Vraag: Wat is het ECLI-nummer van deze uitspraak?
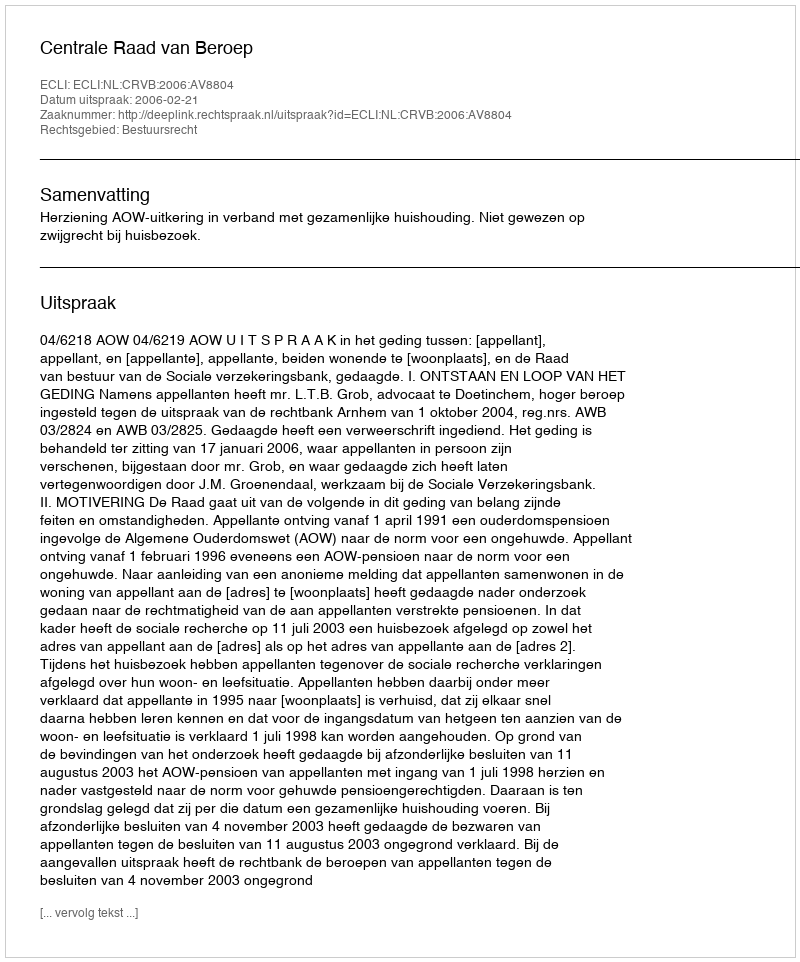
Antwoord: ECLI:NL:CRVB:2006:AV8804